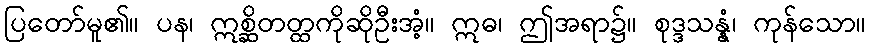
ပြတော်မူ၏။ ပန၊ ဣစ္ဆိတတ္ထကိုဆိုဦးအံ့။ ဣဓ၊ ဤအရာ၌။ စုဒ္ဒသန္နံ၊ ကုန်သော။